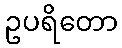
ဥပရိတော